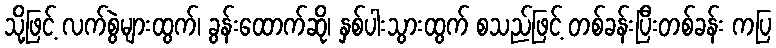
သို့ဖြင့် လက်စွဲများထွက်၊ ခွန်းထောက်ဆို၊ နှစ်ပါးသွားထွက် စသည်ဖြင့် တစ်ခန်းပြီးတစ်ခန်း ကပြ